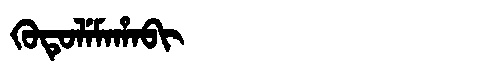
Manchu: ᡴᡠᡨᡠᠯᡝᠮᠠᡥᠠᠪᡳ
Romanization: KUTULEMAHABI